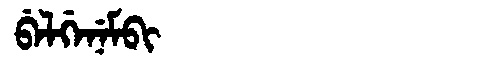
Manchu: ᠪᡝᠯᡤᡝᠨᡝᠮᠪᡳ
Romanization: BELGENEMBI